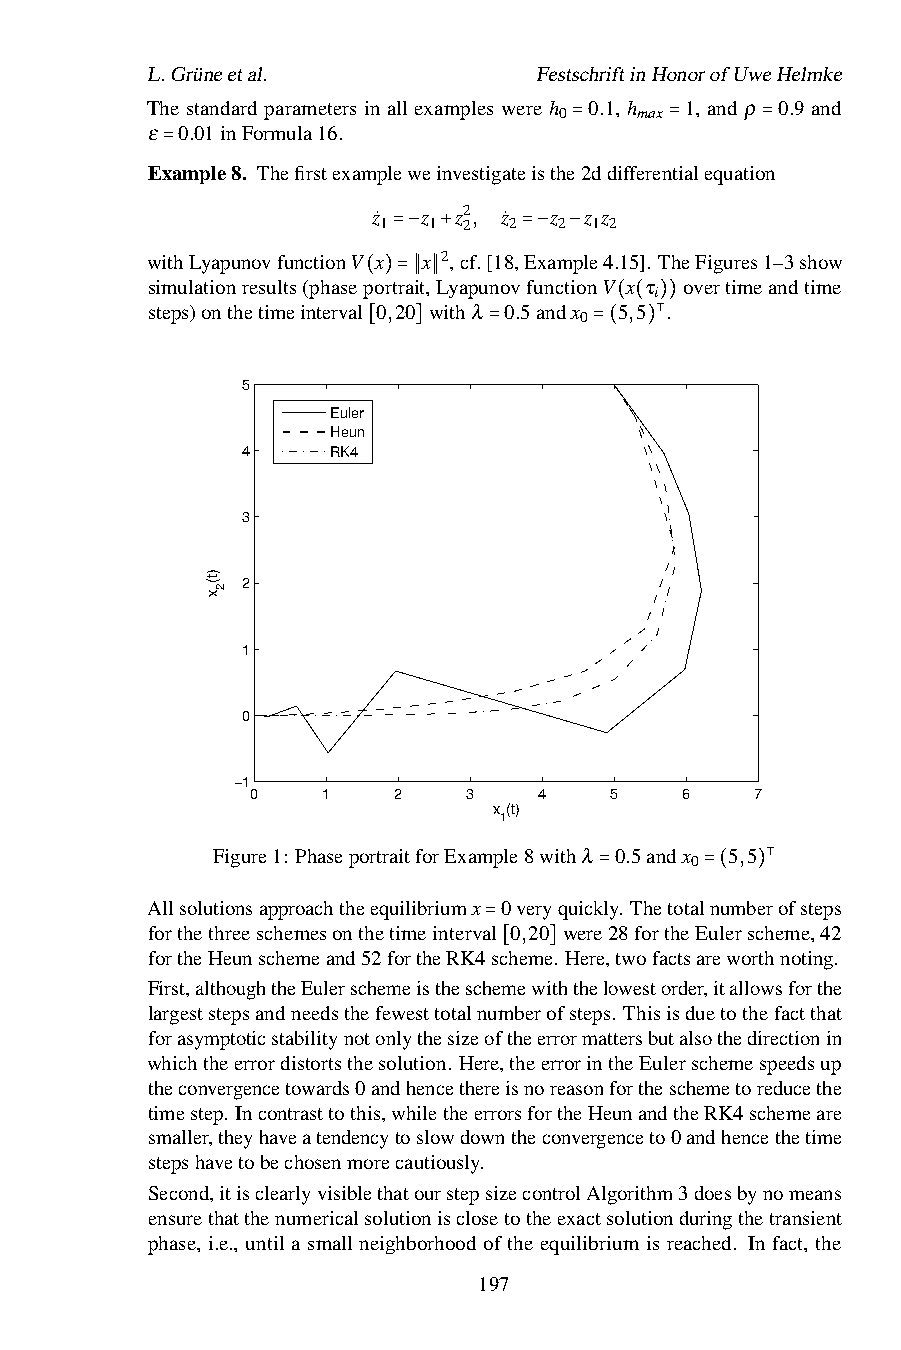
L.Grüneetal.              FestschriftinHonorofUweHelmke
 The standard parameters in all examples were h 0.1, h 1, and ρ 0.9 and
 0    max
 ε 0.01inFormula16.
 =     =     =
 Example8. Thefirstexampleweinvestigateisthe2ddifferentialequation
 =
 z˙ z z2, z˙ z z z
 1  1  2  2  2 1 2
 withLyapunovfunctionV x =−x +2,cf.[18,=Ex−am−ple4.15]. TheFigures1–3show
 simulationresults(phaseportrait,LyapunovfunctionV x τ overtimeandtime
 i
 steps)onthetimeinterval(0),2=0∥ w∥ithλ 0.5andx 5,5 .
 0
 ( ( ))
 ⊺
 [  ]    =      =(  )
 5
 Euler
 Heun
 4     RK4
 3
 2
 1
 0
 −1
 0   1    2    3    4   5    6    7
 x (t)
 1
 Figure1: PhaseportraitforExample8withλ 0.5andx 5,5
 0
 ⊺
 Allsolutionsapproachtheequilibriumx 0veryquick=ly. Thetotal=n(umbe)rofsteps
 forthethreeschemesonthetimeinterval 0,20 were28fortheEulerscheme,42
 fortheHeunschemeand52fortheRK4=scheme. Here,twofactsareworthnoting.
 [  ]
 First,althoughtheEulerschemeistheschemewiththelowestorder,itallowsforthe
 largeststepsandneedsthefewesttotalnumberofsteps. Thisisduetothefactthat
 forasymptoticstabilitynotonlythesizeoftheerrormattersbutalsothedirectionin
 whichtheerrordistortsthesolution. Here,theerrorintheEulerschemespeedsup
 theconvergencetowards0andhencethereisnoreasonfortheschemetoreducethe
 timestep. Incontrasttothis,whiletheerrorsfortheHeunandtheRK4schemeare
 smaller,theyhaveatendencytoslowdowntheconvergenceto0andhencethetime
 stepshavetobechosenmorecautiously.
 Second,itisclearlyvisiblethatourstepsizecontrolAlgorithm3doesbynomeans
 ensurethatthenumericalsolutionisclosetotheexactsolutionduringthetransient
 phase, i.e., until a small neighborhood of the equilibrium is reached. In fact, the
 197
 )t(
 x
 2